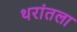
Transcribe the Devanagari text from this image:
थरांतला